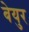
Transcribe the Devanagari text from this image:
बेयुर